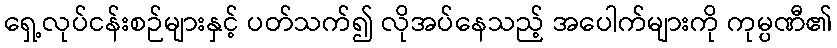
ရှေ့လုပ်ငန်းစဉ်များနှင့် ပတ်သက်၍ လိုအပ်နေသည့် အပေါက်များကို ကုမ္ပဏီ၏